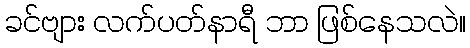
ခင်ဗျား လက်ပတ်နာရီ ဘာ ဖြစ်နေသလဲ။